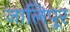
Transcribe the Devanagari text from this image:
जालिपूर